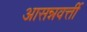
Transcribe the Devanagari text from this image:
आसन्नवर्त्ती